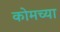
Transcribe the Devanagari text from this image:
कोमच्या